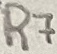
Text: R7